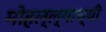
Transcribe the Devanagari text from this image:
मोहल्ल्याच्यी